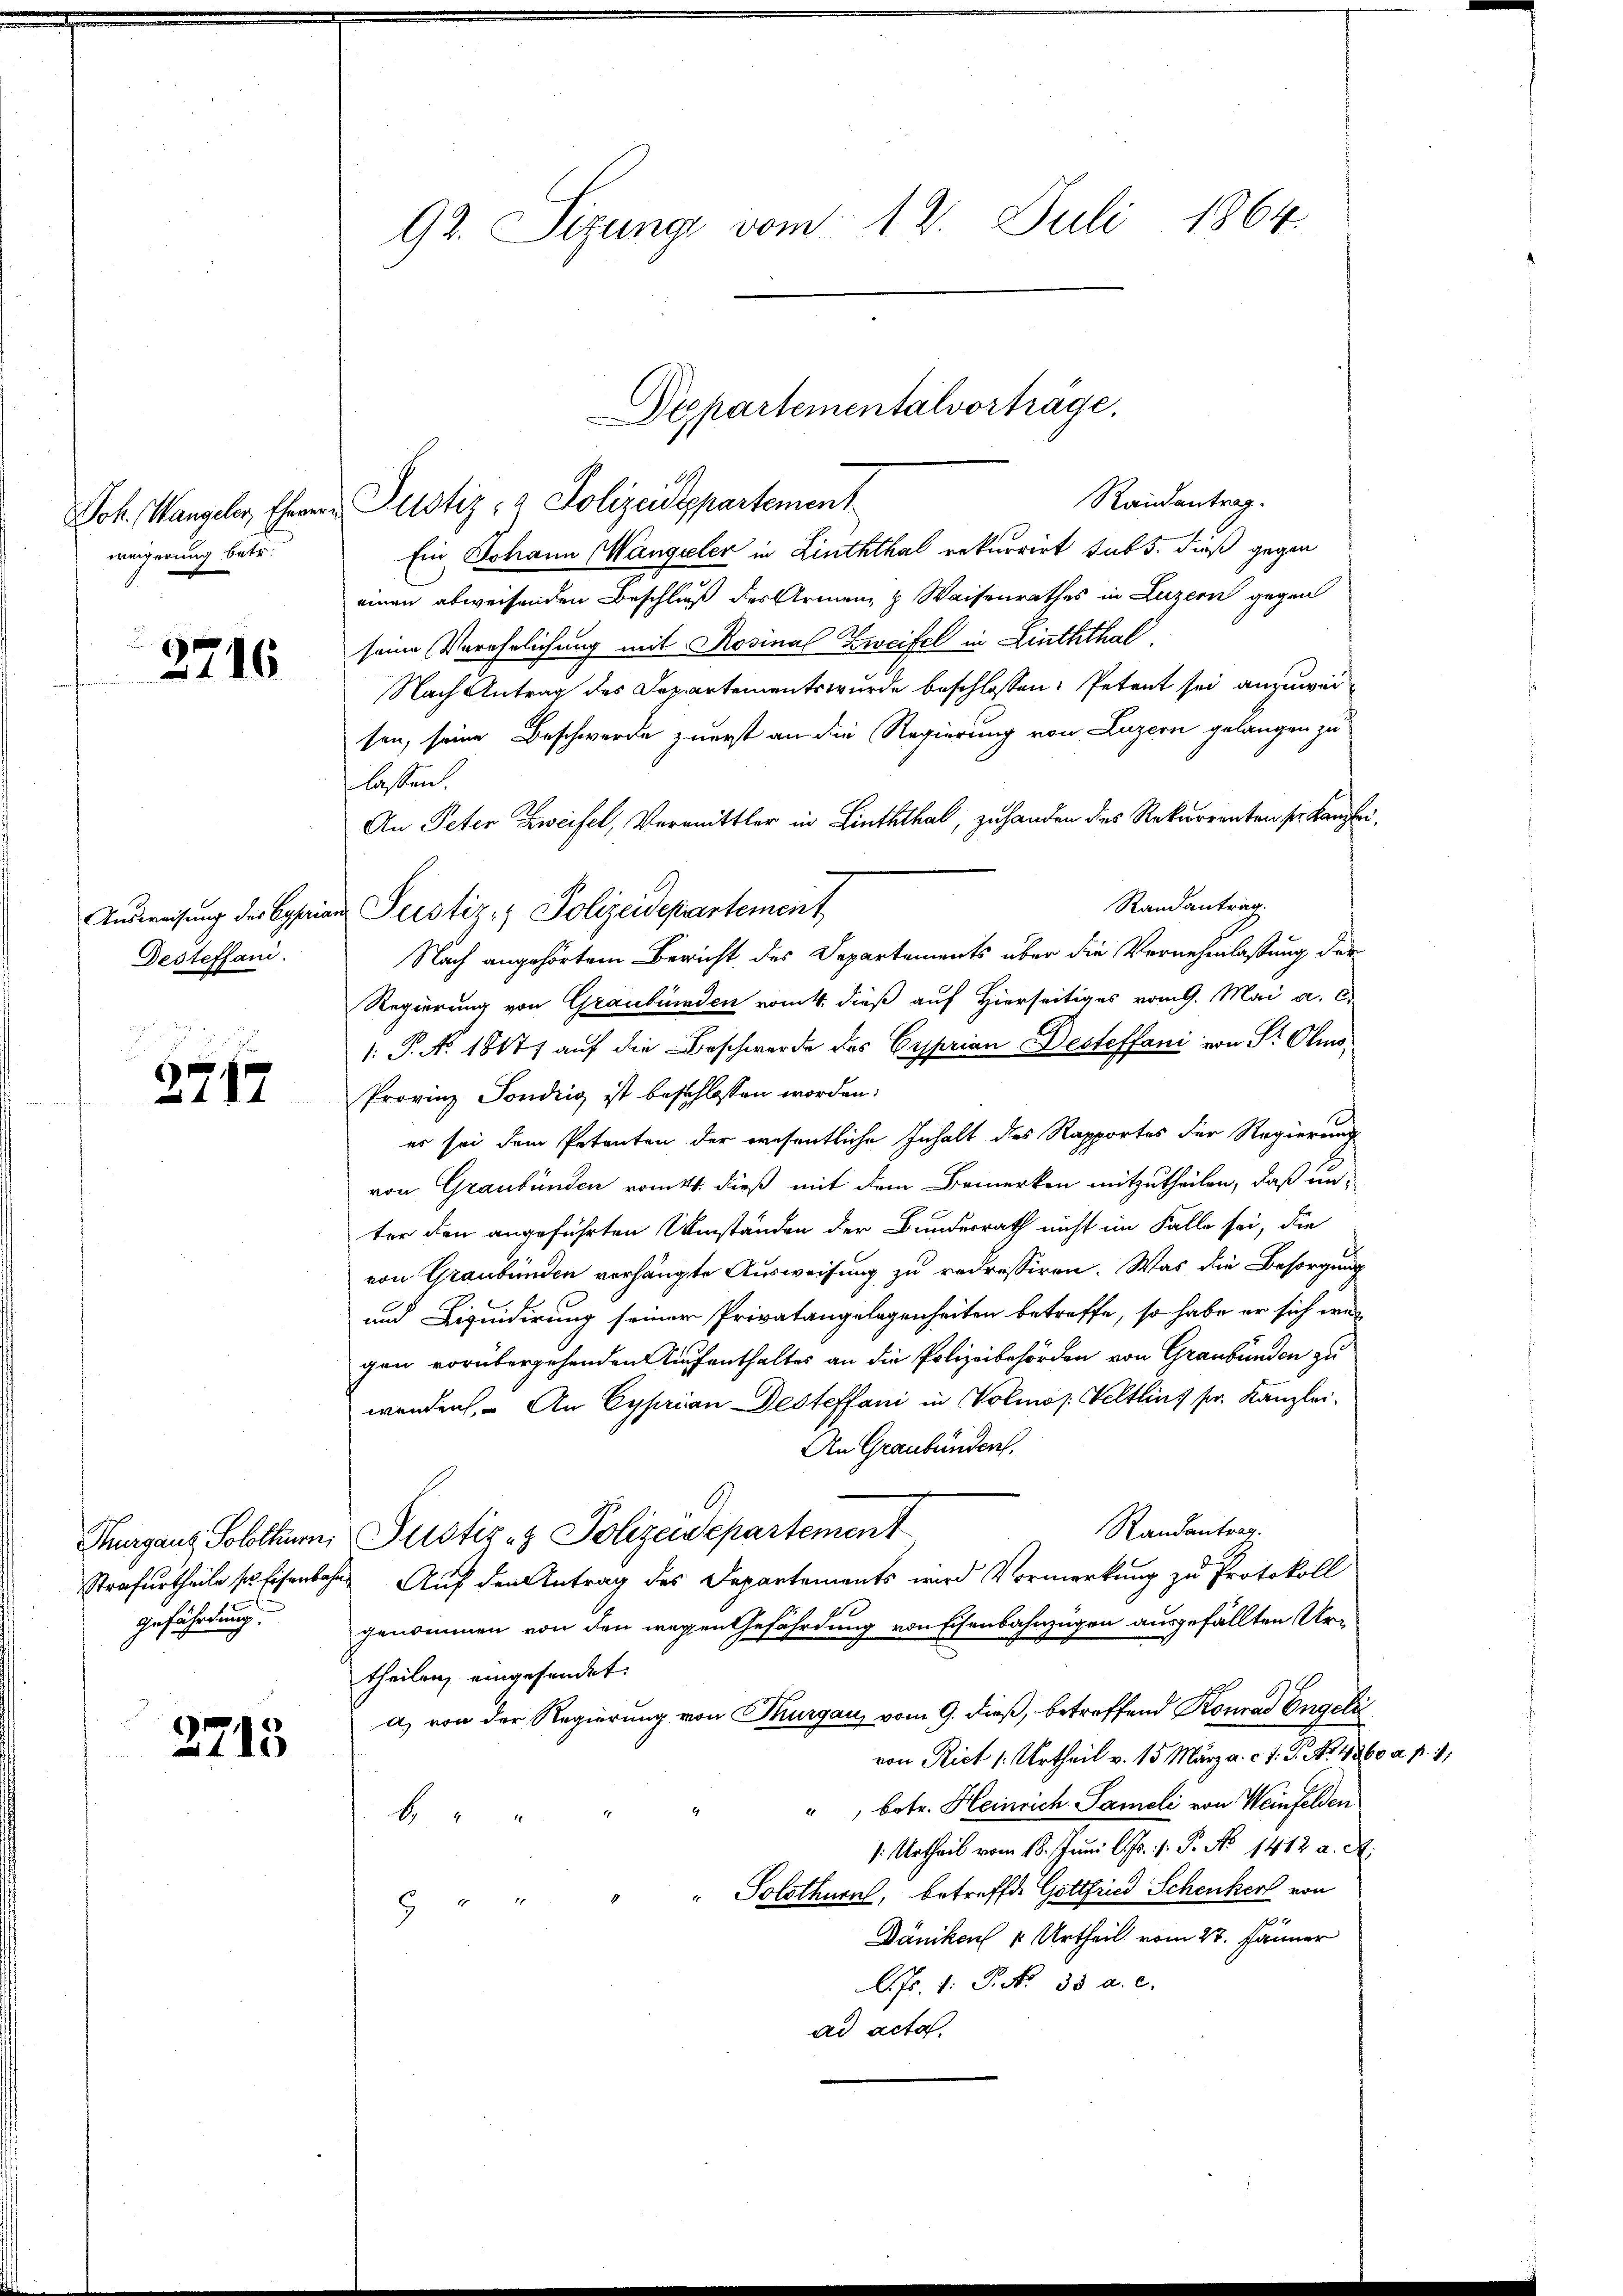
Joh. Mangeler, Ehere
weigerung betr.

2716

Ausweisung der Cysan
Desteffani.

2717

Gefährdung.

2713

92. Sizung vom 14. Juli 1864.

Randantrag.
Justiz- & Polizeitspartement
Ein Johann Wangeler in Linththal rekurrirt sub. dieß gegen
einen abweisenden Beschluß des Armen & Waisenrathes in Luzern gegen
seine Verehrlichung mit Rosinal Zweifel in Linththal.
Nach Antrag des Departements wurde beschlossen: Petent sei anzuwersen, seine Beschwerde zuerst an die Regierung von Luzern gelangen zu
lassen.
An Peter Zweifel, Vermittler in Linththal, zuhanden des Rekurrenten sei Kanzlei¬
Randantrag
an Justiz- & Polizeidepartement
Nach angehörtem Bericht des Departements über die Vernehmlassung der
Regierung von Graubünden vom 4. dieß auf Hierseitiges vom 9. Mai a. c.
1: P. No. 18177 auf die Beschwerde des Gesprian Desteffani von Sr Olmo¬
Provinz Sondrig ist beschlossen worden:
es sei dem Petenten der wesentliche Inhalt des Rapportes der Regierung
von Graubünden vom 11. dieß mit dem Bemerken mitzutheilen, daß unter den angeführten Umständen der Bundesrath nicht im Falle sei, die
von Graubünden verhängte Ausweisung zu redressiren. Was die Besorgung
und Liquidirung seiner Privatangelegenheiten betreffe, so habe er sich we
gen vorübergehenden Aufenthaltes an die Polizeibehörden von Graubünden zu
wenden, – An Cyprian Desteffani in Volmos Veltlins pr. Kanzlei¬
An Graubünden.
.
Randantrag.
Thurgaus Solothur Justiz- & Polizeisepartement
Strafurtheile so Eisenbahr Auf den Antrag des Departements wird Vormerkung zu Protokoll
genommen von den wegen Gefährdung von Eisenbahnzügen ausgefällten Urtheilen, eingesandet.
a) von der Regierung von Thurgau vom 9. dieß, betreffend Konrad Engeli
von Rict /: Urtheil v. 15 März a. c. J. G. No. 1860 a. p. 1
", betr. Heinrich Samoli von Weinfelden
b
: Urtheil vom 18. Juni l. Js. 1. P. No 1412 a. A.
 " " " " Solothurn, betreffee Gottfried Schenker von
1
Dänikon u Urtheil vom 27. Jänner
l. Js. 1. P. Nr. 33. a. c.
ad acta

Departementalvorträge.